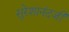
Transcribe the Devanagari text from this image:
सुरेशानंदजी